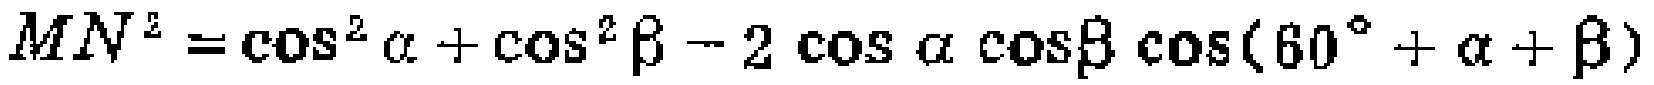
\[MN^{2}=\cos^{2}\alpha+\cos^{2}\beta - 2\cos\alpha\cos\beta\cos(60^{\circ}+\alpha+\beta)\]